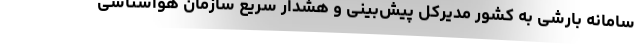
سامانه بارشی به کشور مدیرکل پیش‌بینی و هشدار سریع سازمان هواشناسی